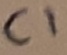
Text: C1